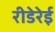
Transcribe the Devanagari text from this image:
रीडेरेई